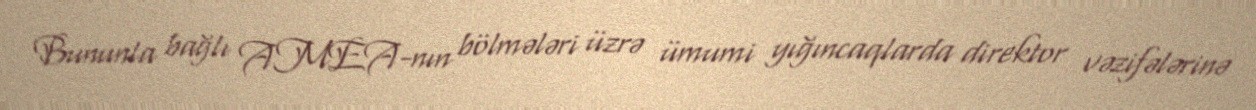
Bununla bağlı AMEA-nın bölmələri üzrə ümumi yığıncaqlarda direktor vəzifələrinə